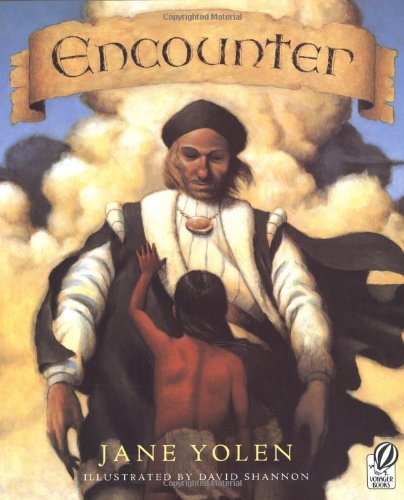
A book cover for Encounter (Voyager Books); Jane Yolen; Children's Books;